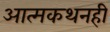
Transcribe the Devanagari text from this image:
आत्मकथनही